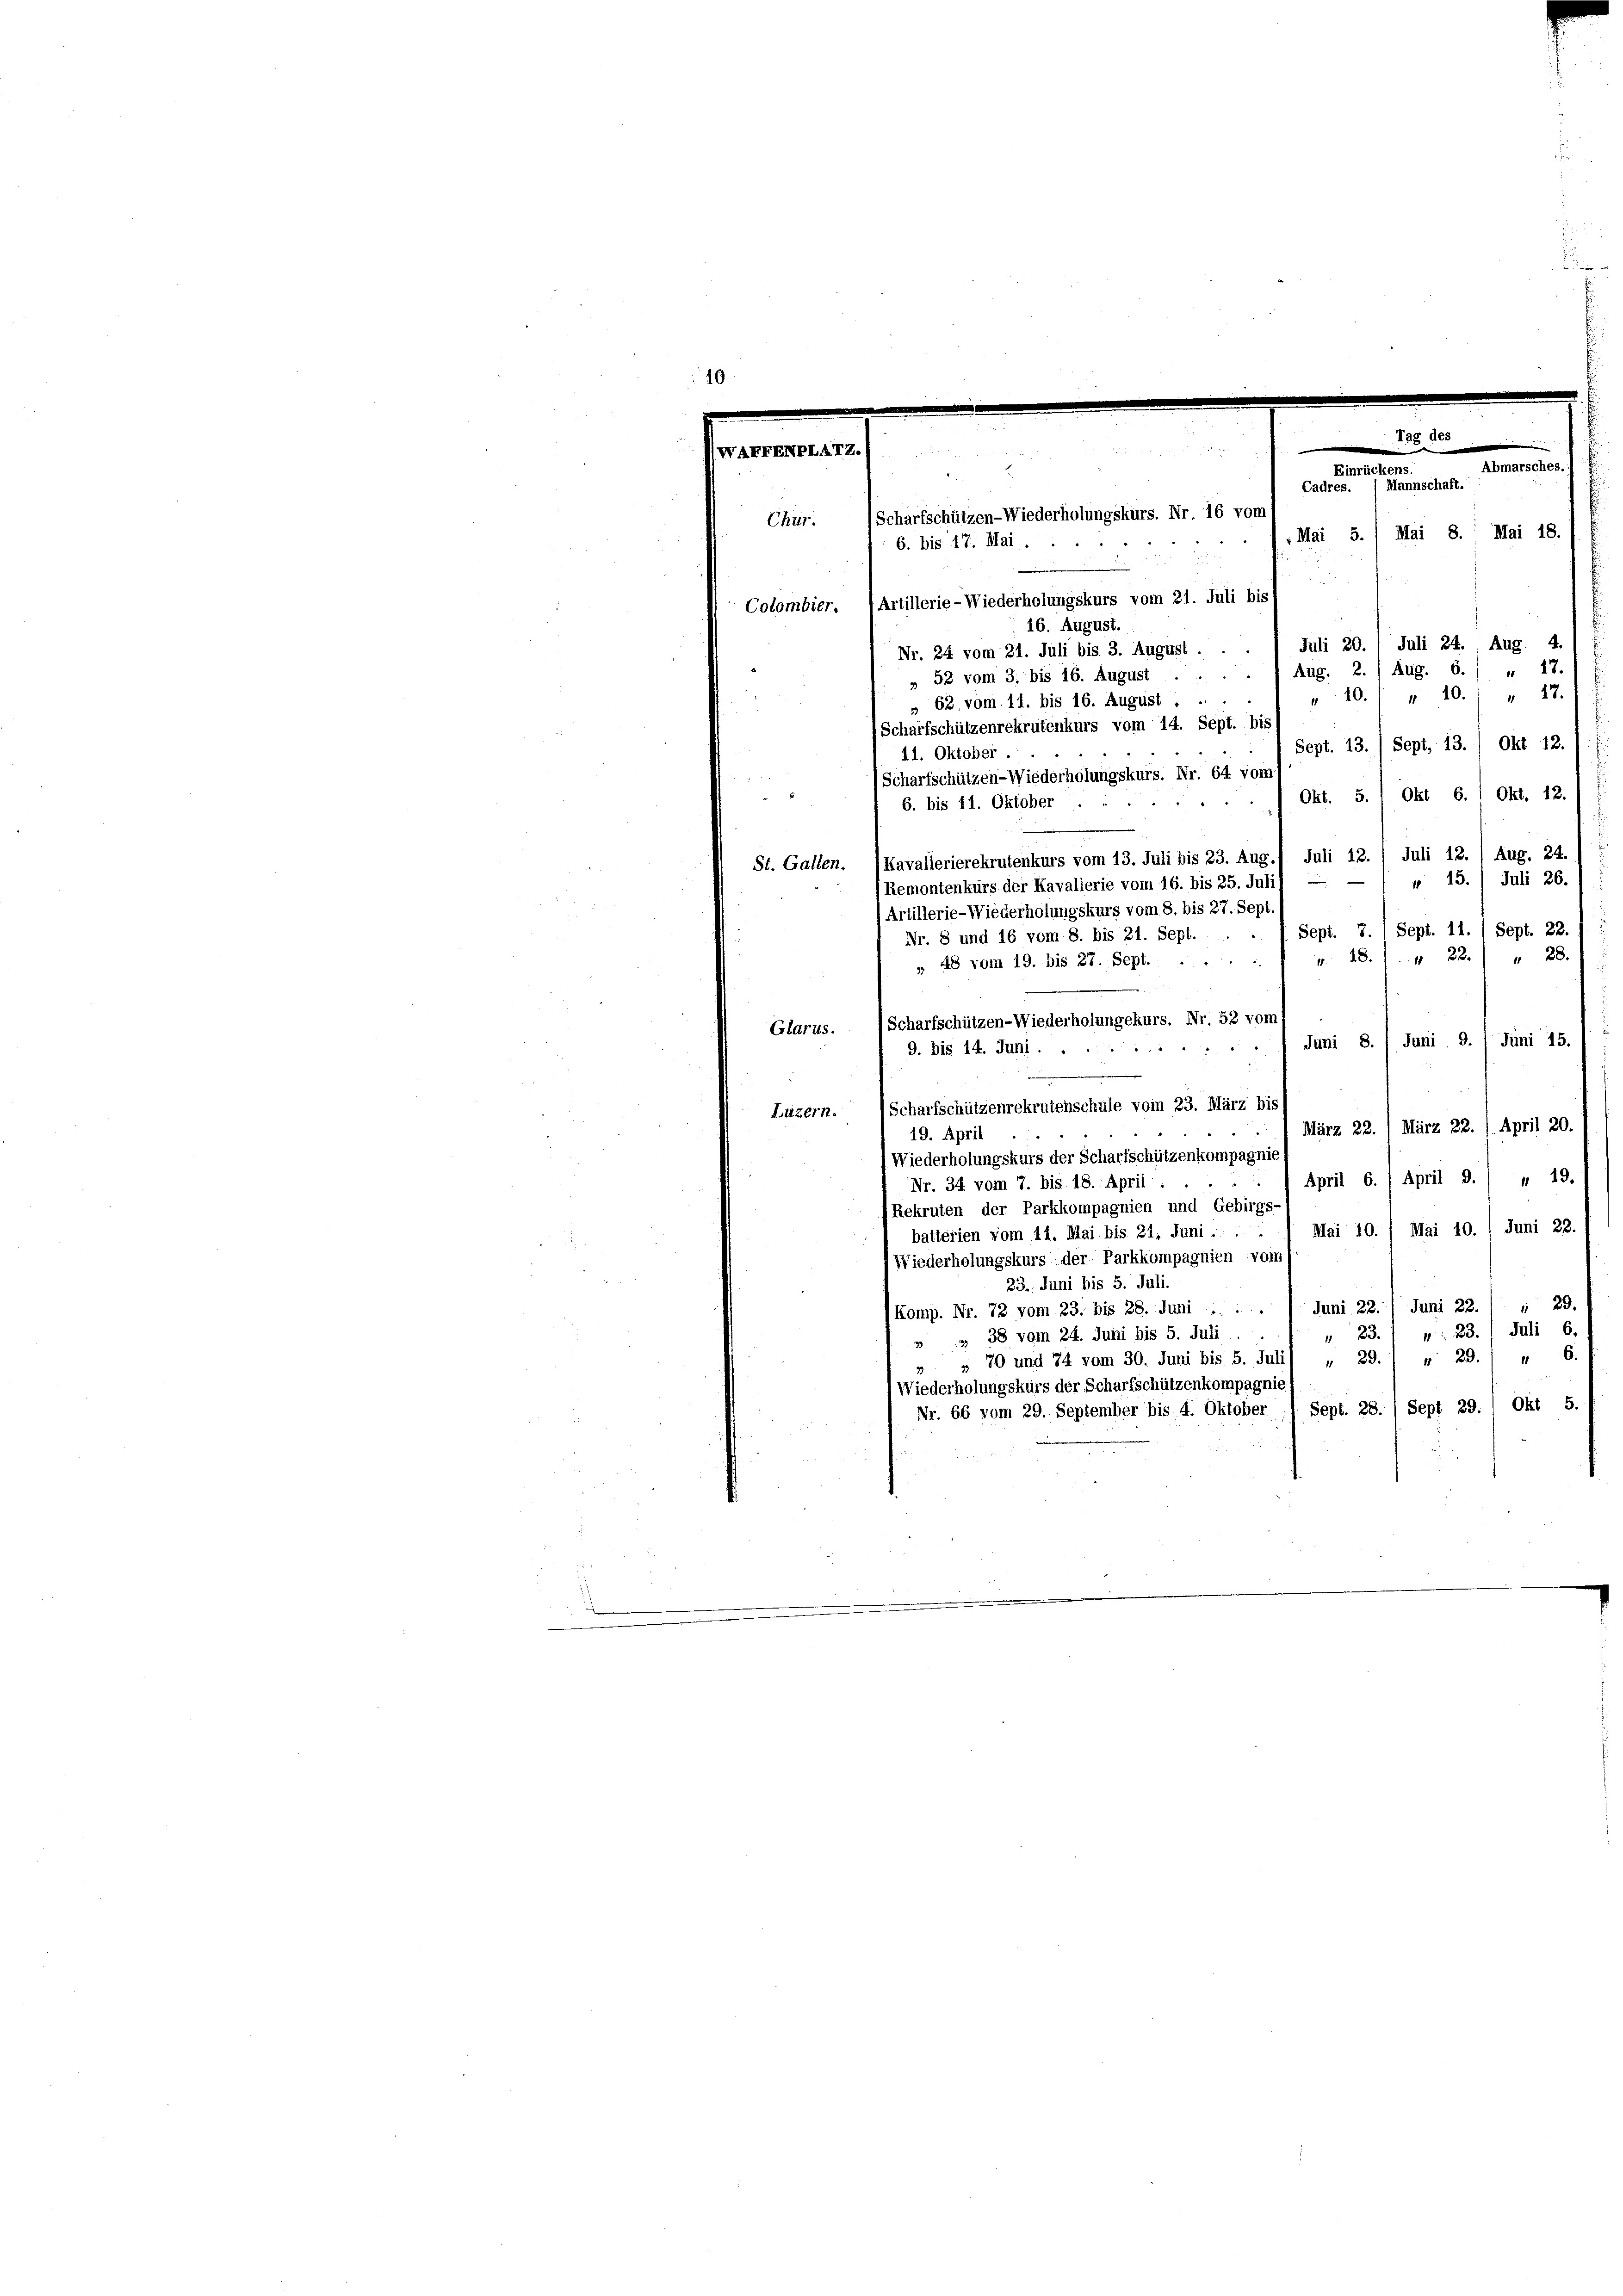
.
.

Glarus.
Juni 8. Juni. 9. Juni 15.
e
(Scharfschützenrekrutenschule vom 23. März bis
Luzern.
März 22. / März 22. / April 20.
19. April
Wiederholungskurs der Scharfschützenkompagnie
 19.
April 6. / April 9.
Nr. 34 vom 7. bis 18. April :
Rekruten der Parkkompagnien und Gebirgs-
batterien vom 14. Mai bis 21. Juni . . . 1 Mai 10. / Mai 10. / Juni 22.
Niederholungskurs der Parkkompagnien vom
23. Juni bis 5. Juli.
29.
Komp. Nr. 72 vom 23. bis 28. Juni  .. ... 1. Juni 22. / Juni 22.
: 23. Juli 6.
23.
3 38 vom 24. Juni bis 5. Juli
29.) " 6.
70 und 74 vom 30. Juni bis 5. Julil " 29.
Wiederholungskurs der Scharfschützenkompagnie
Nr. 66 vom 29. September bis 4. Oktober 1. Sept. 28. / Sept 29. / Okt 5.

e
i
ALFENELATZ.
Abmarsches.
Einrückens.
Cadres. ) Mannschaft.
Scharfschützen-Wiederholungskurs. Nr. 16 vom
Chur.
.Mai 5.) Mai 8. Mai 18
6. bis 17. Mai.
Colombier. (Artillerie-Wiederholungskurs vom 21. Juli bis
16. August.
Nr. 24 vom 21. Juli bis 3. August . . . / Juli 20. / Juli 24. 1 Aug. 4
 27.
 1 Aug. 2.) Aug. 6.
 52 vom 3. bis 16. August
 27.
 10.
10.
» 62, vom 11. bis 16. August . .
Scharfschützenrekrutenkurs vom 14. Sept. bis
Sept. 13.) Sept, 13. / Okt 12.
11. Oktober.
Scharfschützen-Wiederholungskurs. Nr. 64 vom
Okt. S. 1 Okt 6. 1 Okt. 12.
6. bis 11. Oktober
Juli 12. / Aug. 24
Kavallerierekrutenkurs vom 13. Juli bis 23. Aug.1 Juli 12.
St. Gallen.
" 15. Juli 26.
Remontenkurs der Kavalierie vom 16. bis 25. Juli
Artillerie-Wiederholungskurs vom 8. bis 27. Sept
Nr. 8 und 16 vom 8. bis 21. Sept. . . 1 Sept. 7. 1 Sept. 11. / Sept. 22.
v. 18.) " 22.) " 28.
» 48 vom 19. bis 27. Sept. ....
Scharfschützen-Wiederholungekurs. Nr. 52 vom

9. bis 14. Juni . .